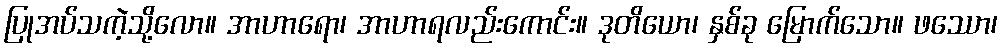
ပြုအပ်သကဲ့သို့လော။ အာဟာရော၊ အာဟာရလည်းကောင်း။ ဒုတိယော၊ နှစ်ခု မြောက်သော။ ဖဿော၊